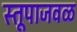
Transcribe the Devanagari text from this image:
स्तूपाजवळ